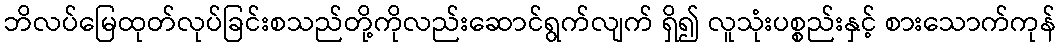
ဘိလပ်မြေထုတ်လုပ်ခြင်းစသည်တို့ကိုလည်းဆောင်ရွက်လျက် ရှိ၍ လူသုံးပစ္စည်းနှင့် စားသောက်ကုန်